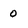
Character: 0